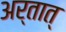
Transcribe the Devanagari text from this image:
अर्तात्